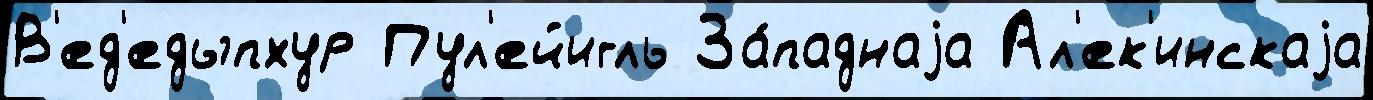
В'ед'едыпхур Пул'ейигль За́паднаjа Ал'ек'инскаjа